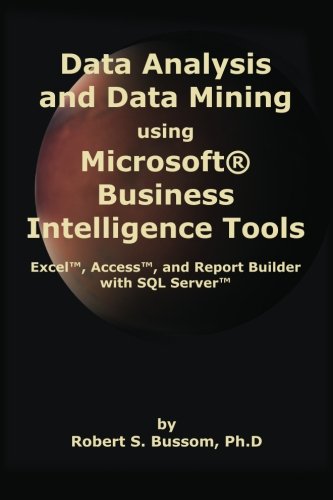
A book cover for Data Analysis and Data Mining using Microsoft Business Intelligence Tools: Excel 2010, Access 2010, and Report Builder 3.0 with SQL Server; Robert S. Bussom Ph.D; Computers & Technology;